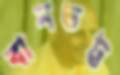
বানভট্ট